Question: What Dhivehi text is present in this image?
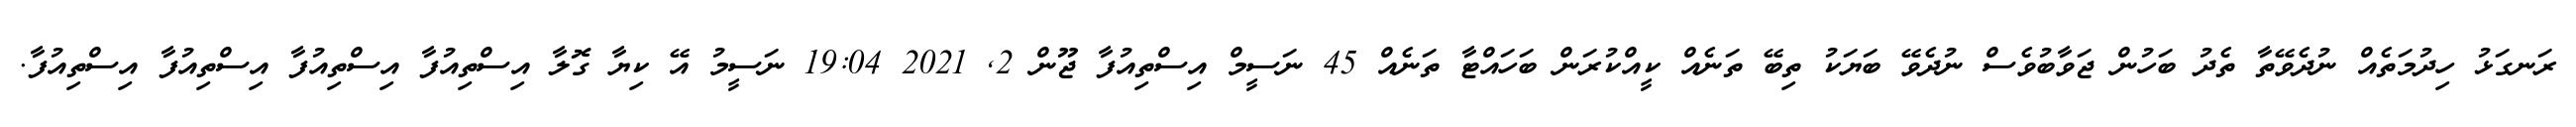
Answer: ރަނގަޅު ހިދުމަތެއް ނުދެވޭތާ ތެދު ބަހުން ޖަވާބުވެސް ނުދެވޭ ބަޔަކު ތިބޭ ތަނެއް ކީއްކުރަން ބަހައްޓާ ތަނެއް 45 ނަސީމް އިސްތިއުފާ ޖޫން 2, 2021 19:04 ނަސީމު އޭ ކިޔާ ގޮލާ އިސްތިއުފާ އިސްތިއުފާ އިސްތިއުފާ އިސްތިއުފާ.